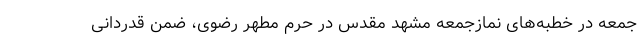
جمعه در خطبه‌های نمازجمعه مشهد مقدس در حرم مطهر رضوی، ضمن قدردانی